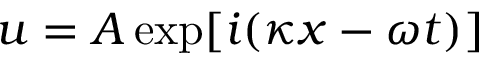
u = A \exp [ i ( \kappa x - \omega t ) ]